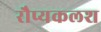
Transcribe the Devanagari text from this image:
रौप्यकलश